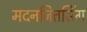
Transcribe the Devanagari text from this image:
मदनजितसिंग